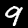
Digit: 9